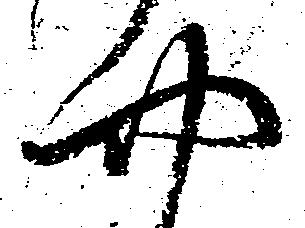
四